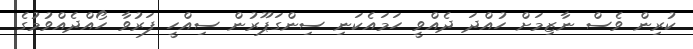
ކުރިން ވެސް ނާޒިމަށް ހުއްދަ ދެއްވީ ހަމައެކަނި ސިންގަޕޫރުން ސިއްހީ ފަރުވާ ހޯއްދެއްވުމުގެ